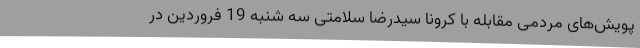
پویش‌های مردمی مقابله با کرونا سیدرضا سلامتی سه شنبه 19 فروردین در